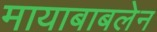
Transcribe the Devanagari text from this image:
मायाबाबलेन